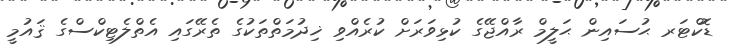
ޑޮކްޓަރ ޙުސައިން ޙަލީމް ރާއްޖޭގެ ކުޅިވަރަށް ކުރެއްވި ޚިދުމަތްތަކުގެ ތެރޭގައި އެތްލެޓިކްސްގެ ޤައުމީ